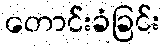
တောင်းခံခြင်း